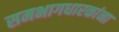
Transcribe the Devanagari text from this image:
समभागधारकांना